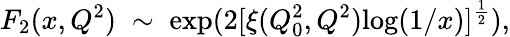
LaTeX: F_{2}(x,Q^{2})\; \sim\; \mathrm{exp}(2[\xi(Q_{0}^{2},Q^{2})\mathrm{log}(1/x)]^{\frac{1}{2}}),